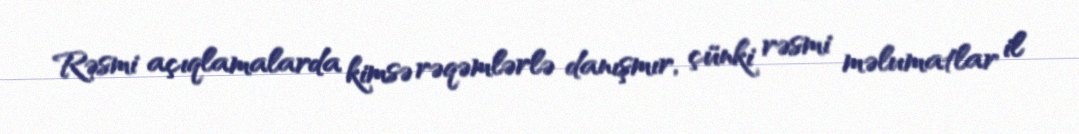
Rəsmi açıqlamalarda kimsə rəqəmlərlə danışmır, çünki rəsmi məlumatlar il